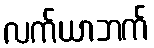
လက်ယာဘက်